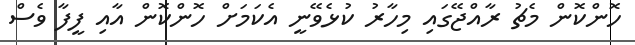
ހޮންކޮން މެޗު ރާއްޖޭގައި މިހާރު ކުޅެވޭނީ އެކަމަށް ހޮންކޮން އާއި ފީފާ ވެސް